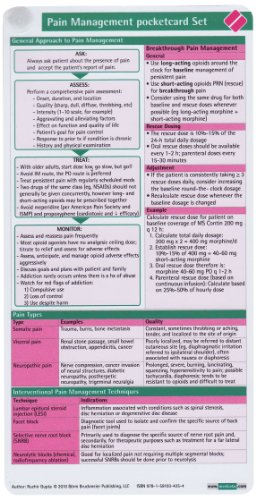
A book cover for Pain Management Pocketcard Set; Ruchir Gupta; Health, Fitness & Dieting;